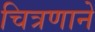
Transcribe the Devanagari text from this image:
चित्रणाने